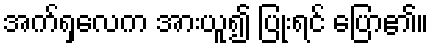
အက်ရှလေက အားယူ၍ ပြုံးရင် ပြော၏။